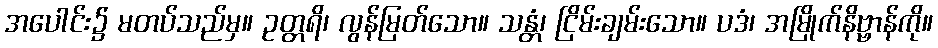
အပေါင်း၌ မတပ်သည်မှ။ ဥတ္တရိ၊ လွန်မြတ်သော။ သန္တံ၊ ငြိမ်းချမ်းသော။ ပဒံ၊ အမြိုက်နိဗ္ဗာန်ကို။